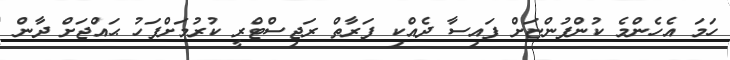
ހަމަ އެހެންމެ ކުންފުންޏަށް ފައިސާ ދެއްކި ފަރާތް ރަޖިސްޓްރީ ކުރުމަށްފަހު ޙައްޖަށް ދާން